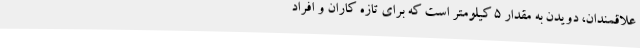
علاقمندان، دویدن به مقدار ۵ کیلومتر است که برای تازه کاران و افراد